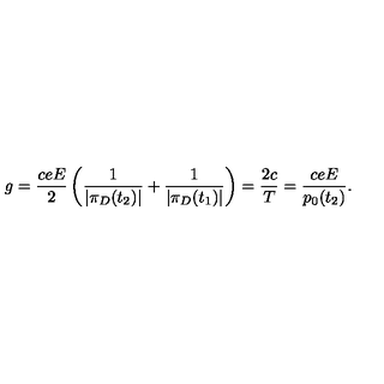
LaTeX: g = \frac { c e E } { 2 } \left( \frac { 1 } { | \pi _ { D } ( t _ { 2 } ) | } + \frac { 1 } { | \pi _ { D } ( t _ { 1 } ) | } \right) = \frac { 2 c } { T } = \frac { c e E } { p _ { 0 } ( t _ { 2 } ) } .